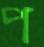
প